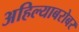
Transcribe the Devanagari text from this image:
अहिल्याबरोबर